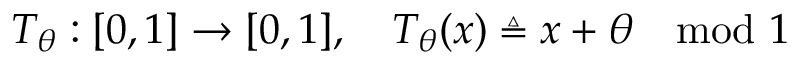
T _ { \theta } : [ 0 , 1 ] \rightarrow [ 0 , 1 ] , \quad T _ { \theta } ( x ) \triangleq x + \theta \mod 1